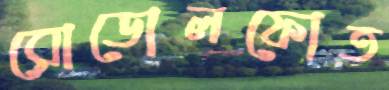
রোডোলফোত